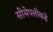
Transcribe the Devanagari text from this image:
सीमेपलीकडे